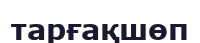
тарғақшөп